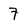
Character: 7